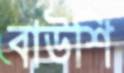
বাউশি